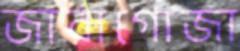
জারাগোজা